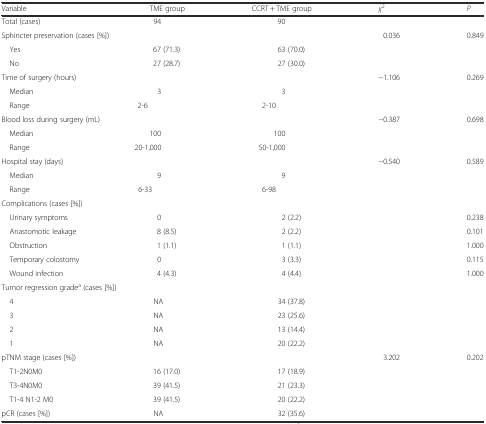
<table><thead><tr><td><b>Variable</b></td><td><b>TME group</b></td><td><b>CCRT + TME group</b></td><td><b><i>χ</i><sup>2</sup></b></td><td><b><i>P</i></b></td></tr></thead><tbody><tr><td>Total (cases)</td><td>94</td><td>90</td><td></td><td></td></tr><tr><td colspan="2">Sphincter preservation (cases [%])</td><td></td><td>0.036</td><td>0.849</td></tr><tr><td> Yes</td><td>67 (71.3)</td><td>63 (70.0)</td><td></td><td></td></tr><tr><td> No</td><td>27 (28.7)</td><td>27 (30.0)</td><td></td><td></td></tr><tr><td>Time of surgery (hours)</td><td></td><td></td><td>−1.106</td><td>0.269</td></tr><tr><td> Median</td><td>3</td><td>3</td><td></td><td></td></tr><tr><td> Range</td><td>2-6</td><td>2-10</td><td></td><td></td></tr><tr><td colspan="2">Blood loss during surgery (mL)</td><td></td><td>−0.387</td><td>0.698</td></tr><tr><td> Median</td><td>100</td><td>100</td><td></td><td></td></tr><tr><td> Range</td><td>20-1,000</td><td>50-1,000</td><td></td><td></td></tr><tr><td>Hospital stay (days)</td><td></td><td></td><td>−0.540</td><td>0.589</td></tr><tr><td> Median</td><td>9</td><td>9</td><td></td><td></td></tr><tr><td> Range</td><td>6-33</td><td>6-98</td><td></td><td></td></tr><tr><td>Complications (cases [%])</td><td></td><td></td><td></td><td></td></tr><tr><td> Urinary symptoms</td><td>0</td><td>2 (2.2)</td><td></td><td>0.238</td></tr><tr><td> Anastomotic leakage</td><td>8 (8.5)</td><td>2 (2.2)</td><td></td><td>0.101</td></tr><tr><td> Obstruction</td><td>1 (1.1)</td><td>1 (1.1)</td><td></td><td>1.000</td></tr><tr><td> Temporary colostomy</td><td>0</td><td>3 (3.3)</td><td></td><td>0.115</td></tr><tr><td> Wound infection</td><td>4 (4.3)</td><td>4 (4.4)</td><td></td><td>1.000</td></tr><tr><td colspan="5">Tumor regression grade<sup>a</sup> (cases [%])</td></tr><tr><td> 4</td><td>NA</td><td>34 (37.8)</td><td></td><td></td></tr><tr><td> 3</td><td>NA</td><td>23 (25.6)</td><td></td><td></td></tr><tr><td> 2</td><td>NA</td><td>13 (14.4)</td><td></td><td></td></tr><tr><td> 1</td><td>NA</td><td>20 (22.2)</td><td></td><td></td></tr><tr><td>pTNM stage (cases [%])</td><td></td><td></td><td>3.202</td><td>0.202</td></tr><tr><td> T1-2N0M0</td><td>16 (17.0)</td><td>17 (18.9)</td><td></td><td></td></tr><tr><td> T3-4N0M0</td><td>39 (41.5)</td><td>21 (23.3)</td><td></td><td></td></tr><tr><td> T1-4 N1-2 M0</td><td>39 (41.5)</td><td>20 (22.2)</td><td></td><td></td></tr><tr><td>pCR (cases [%])</td><td>NA</td><td>32 (35.6)</td><td></td><td></td></tr></tbody></table>